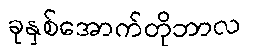
ခုနှစ်အောက်တိုဘာလ